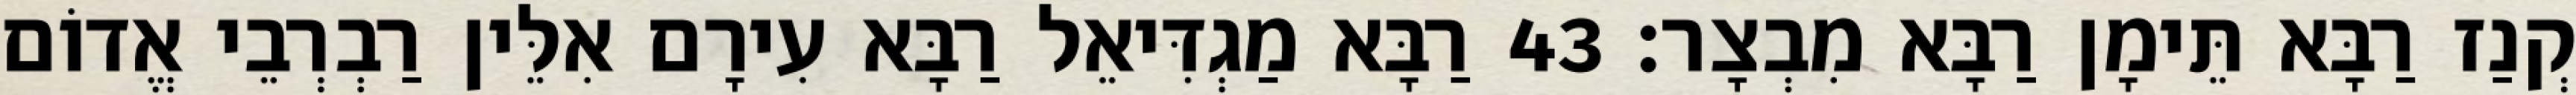
קְנַז רַבָּא תֵּימָן רַבָּא מִבְצָר׃ 43 רַבָּא מַגְדִּיאֵל רַבָּא עִירָם אִלֵּין רַבְרְבֵי אֱדוֹם